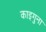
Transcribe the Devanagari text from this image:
काइगुना